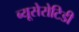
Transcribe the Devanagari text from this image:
ब्यूसेरोटिडी